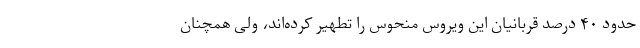
حدود ۴۰ درصد قربانیان این ویروس منحوس را تطهیر کرده‌اند، ولی همچنان